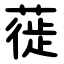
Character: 蓰